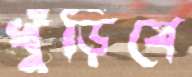
খুঁড়িবে